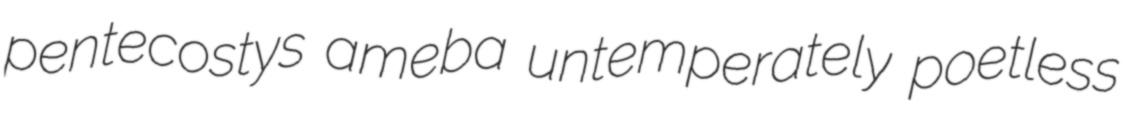
pentecostys ameba untemperately poetless